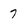
Character: 7